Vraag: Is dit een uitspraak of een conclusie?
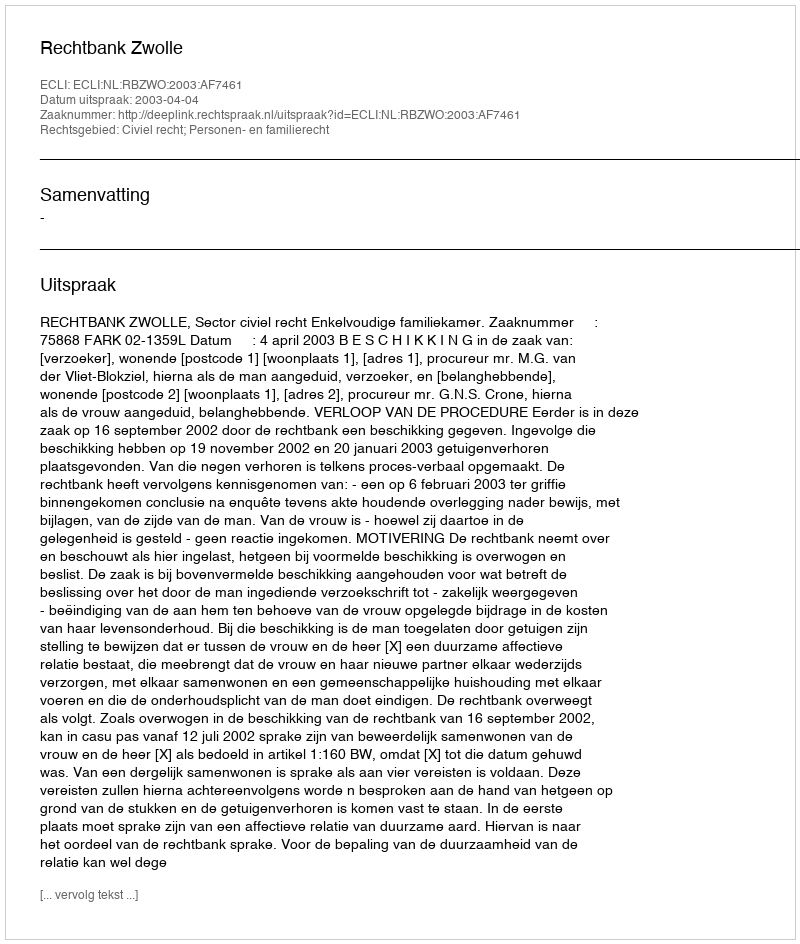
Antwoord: Uitspraak